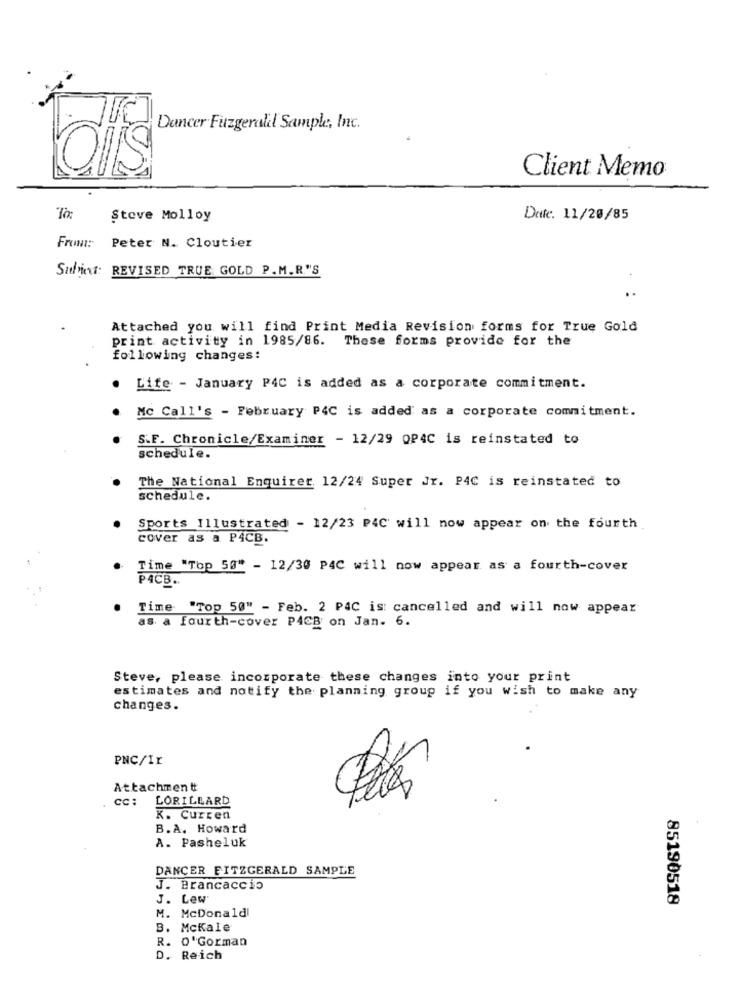
Dancer Fuzgeralil Sample, Inc.
Client Memo
To:
Steve Molloy
Dafc. 11/20/85
From:
Peter N. Cloutier
Subicf: REVISED TRUE GOLD P.M.R."'S
Attached you will find Print Media Revision forms for True Gold
print activity in 1985/86. These forms provide for the
following changes:
. Life - January P4C is added as a corporate commitment.
Mc Call's - February P4C is added as a corporate commitment.
S.F. Chronicle/Examiner - 12/29 OP4C is reinstated to
schedule.
The National Enquirer 12/24 Super Jr. P4C is reinstated to
schedule.
Sports Illustrated - 12/23 P4C will now appear on the fourth
cover as a PACB.
Time "Top 50" - 12/30 PAC will now appear as a fourth-cover
PACB.
Time "Top 50" - Feb. 2 PAC is: cancelled and will now appear
as a fourth-cover PACB on Jan. 6.
Steve, please incorporate these changes into your print
estimates and notify the planning group if you wish to make any
changes.
PNC/Ir
Attachment
cc:
LORILLARD
K. Curren
B.A. Howard
A. Pasheluk
DANCER FITZGERALD SAMPLE
J. Brancaccio
J. Lew
85190518
M. McDonald
B. McKale
R. O'Gorman
D. Reich